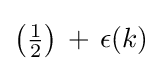
\left({\tfrac {1}{2}}\right)\,+\,\epsilon (k)